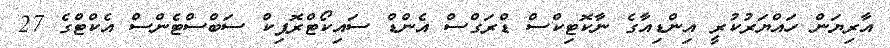
އާރިޔަން ހައްޔަރުކުރީ އިންޑިއާގެ ނާކޮޓިކްސް ޑްރަގްސް އެންޑް ސައިކޯޓްރޮޕިކް ސަބްސްޓެންސް އެކްޓްގެ 27